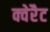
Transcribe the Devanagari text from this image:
क्वेरैट